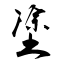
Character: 塗